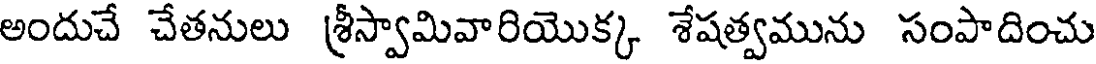
అందుచే చేతనులు శ్రీస్వామివారియొక్క శేషత్వమును సంపాదించు